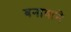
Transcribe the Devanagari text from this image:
बनावाने